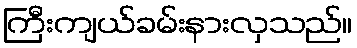
ကြီးကျယ်ခမ်းနားလှသည်။